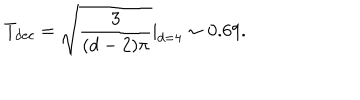
T _ { d e c } = \sqrt { \frac { 3 } { ( d - 2 ) \pi } } | _ { d = 4 } \sim 0 . 6 9 .